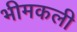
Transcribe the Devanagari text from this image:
भीमकली